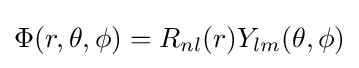
\Phi (r,\theta ,\phi )=R_{nl}(r)Y_{lm}(\theta ,\phi )